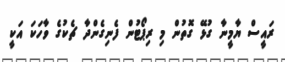
ރައީސް ޔާމީނާ ގުޅޭ ގޮތުން މި ރިޕޯޓުން ފެނިގެންދާ ޗެކުގެ ވާހަކަ އަކީ